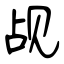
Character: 觇